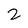
Character: 2